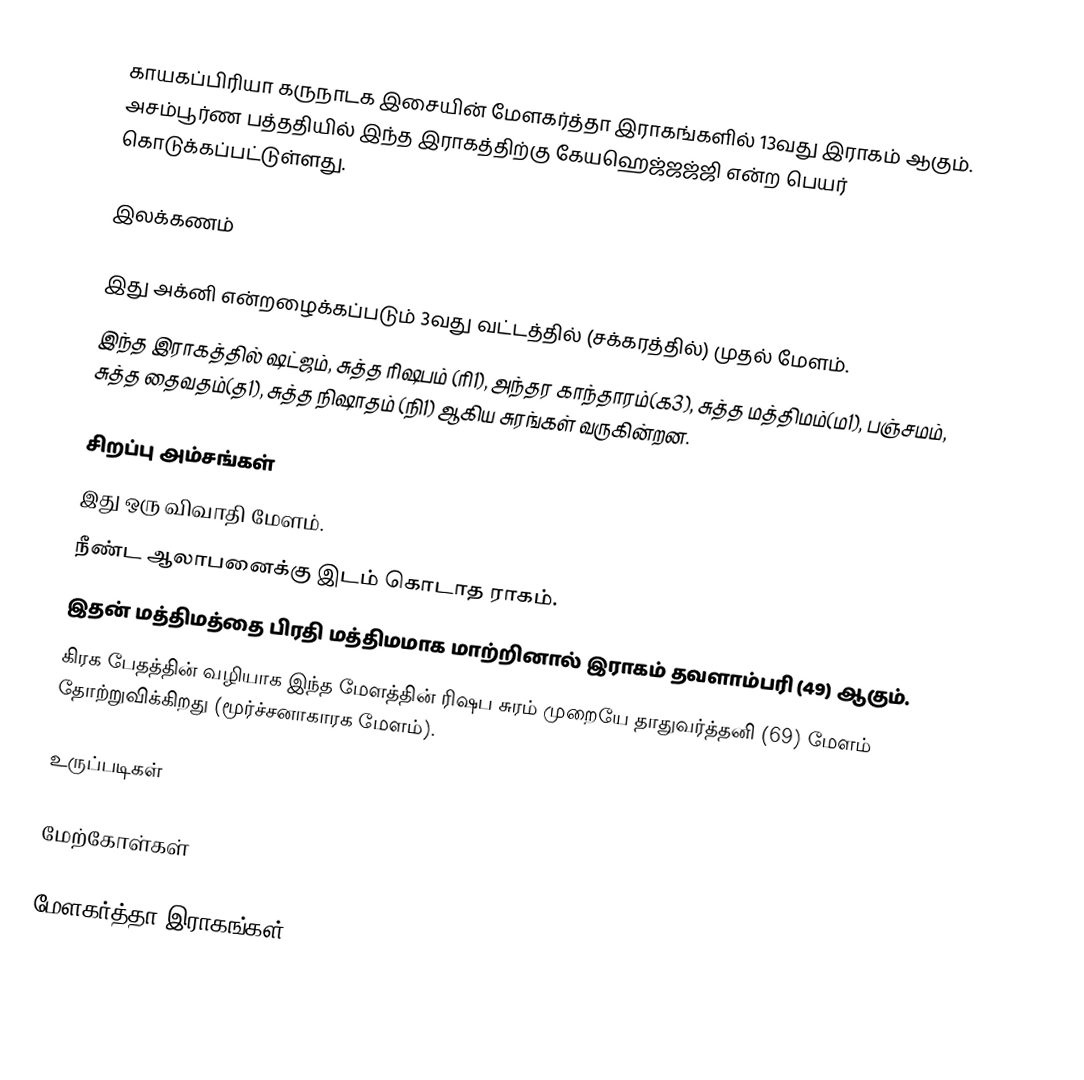
காயகப்பிரியா கருநாடக இசையின் மேளகர்த்தா இராகங்களில் 13வது இராகம் ஆகும். அசம்பூர்ண பத்ததியில் இந்த இராகத்திற்கு கேயஹெஜ்ஜஜ்ஜி என்ற பெயர் கொடுக்கப்பட்டுள்ளது.

இலக்கணம்

 இது அக்னி என்றழைக்கப்படும் 3வது வட்டத்தில் (சக்கரத்தில்) முதல் மேளம்.
 இந்த இராகத்தில் ஷட்ஜம், சுத்த ரிஷபம் (ரி1), அந்தர காந்தாரம்(க3), சுத்த மத்திமம்(ம1), பஞ்சமம், சுத்த தைவதம்(த1), சுத்த நிஷாதம் (நி1) ஆகிய சுரங்கள் வருகின்றன.

சிறப்பு அம்சங்கள்
 இது ஒரு விவாதி மேளம்.
 நீண்ட ஆலாபனைக்கு இடம் கொடாத ராகம்.
 இதன் மத்திமத்தை பிரதி மத்திமமாக மாற்றினால் இராகம் தவளாம்பரி (49) ஆகும்.
 கிரக பேதத்தின் வழியாக இந்த மேளத்தின் ரிஷப சுரம் முறையே தாதுவர்த்தனி (69) மேளம் தோற்றுவிக்கிறது (மூர்ச்சனாகாரக மேளம்).

உருப்படிகள்

மேற்கோள்கள்

மேளகர்த்தா இராகங்கள்